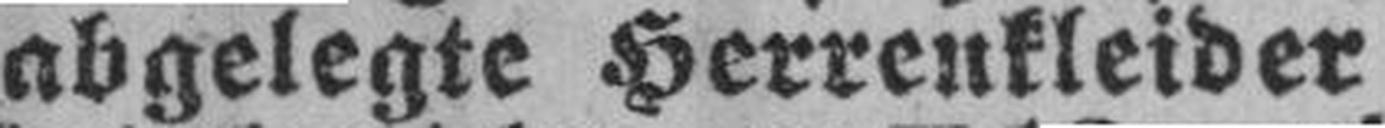
abgelegte Herrenkleider